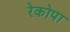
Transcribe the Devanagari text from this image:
रेकोपा